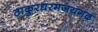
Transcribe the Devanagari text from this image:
ठाकुरधरमजयगढ